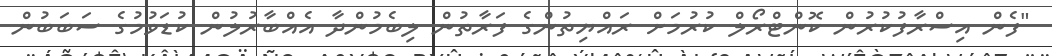
"ފެން އިސްރާފުކުރުން ކޮންޓްރޯލް ކުރުމަށް ރައްޔިތުންގެ ފަރާތުން ލިބެމުންދާ އެއްބާރުލުން ކުޑަވުމުގެ ސަބަބުން